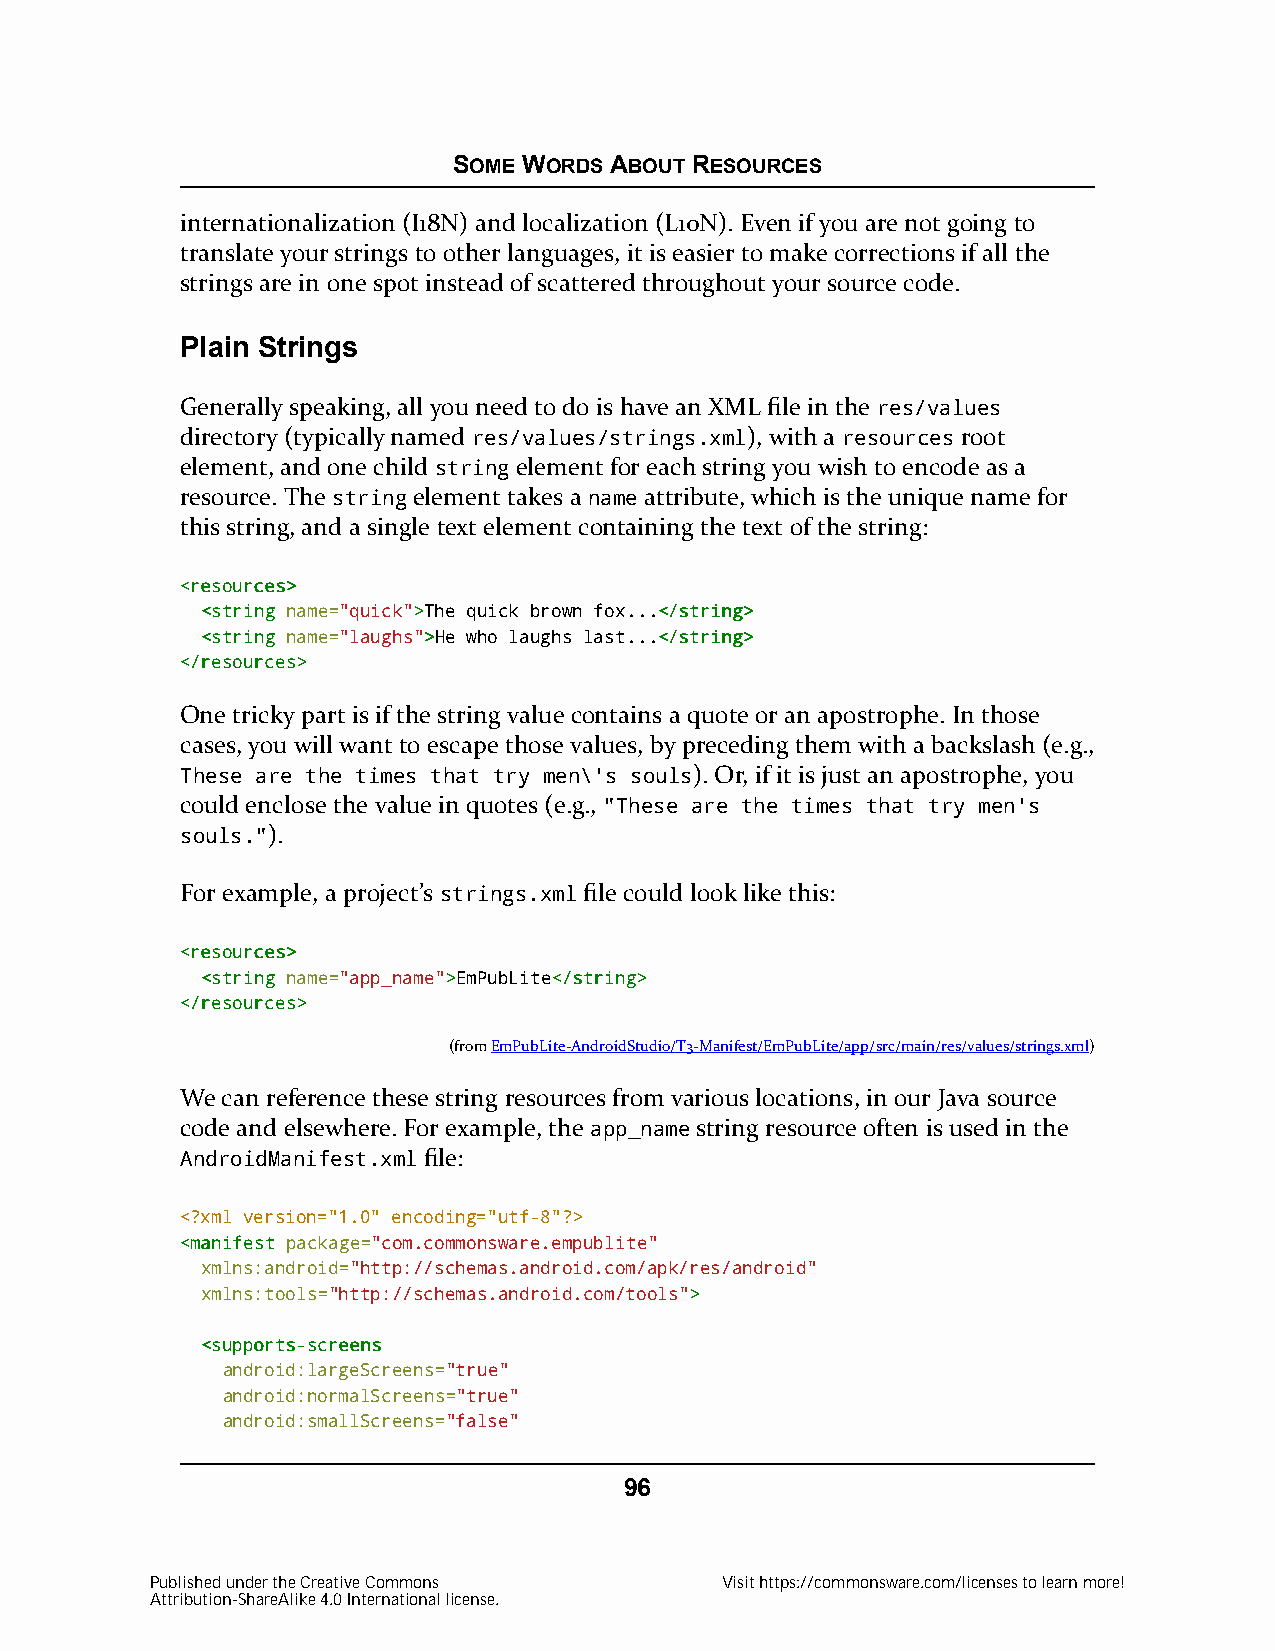
SOME WORDS ABOUT RESOURCES
 internationalization (I18N) and localization (L10N). Even if you are not going to
 translate your strings to other languages, it is easier to make corrections if all the
 strings are in one spot instead of scattered throughout your source code.
 Plain Strings
 Generally speaking, all you need to do is have an XML file in the res/values
 directory (typically named res/values/strings.xml), with a resources root
 element, and one child string element for each string you wish to encode as a
 resource. The string element takes a name attribute, which is the unique name for
 this string, and a single text element containing the text of the string:
 <<rreessoouurrcceess>>
 <<ssttrriinngg name="quick">>The quick brown fox...<<//ssttrriinngg>>
 <<ssttrriinngg name="laughs">>He who laughs last...<<//ssttrriinngg>>
 <<//rreessoouurrcceess>>
 One tricky part is if the string value contains a quote or an apostrophe. In those
 cases, you will want to escape those values, by preceding them with a backslash (e.g.,
 These are the times that try men\'s souls). Or, if it is just an apostrophe, you
 could enclose the value in quotes (e.g., "These are the times that try men's
 souls.").
 For example, a project’s strings.xml file could look like this:
 <<rreessoouurrcceess>>
 <<ssttrriinngg name="app_name">>EmPubLite<<//ssttrriinngg>>
 <<//rreessoouurrcceess>>
 (fromEmPubLite-AndroidStudio/T3-Manifest/EmPubLite/app/src/main/res/values/strings.xml)
 We can reference these string resources from various locations, in our Java source
 code and elsewhere. For example, the app_name string resource often is used in the
 AndroidManifest.xml file:
 <?xml version="1.0" encoding="utf-8"?>
 <<mmaanniiffeesstt package="com.commonsware.empublite"
 xmlns:android="http://schemas.android.com/apk/res/android"
 xmlns:tools="http://schemas.android.com/tools">>
 <<ssuuppppoorrttss--ssccrreeeennss
 android:largeScreens="true"
 android:normalScreens="true"
 android:smallScreens="false"
 96
 Published under the Creative Commons  Visit https://commonsware.com/licenses to learn more!
 Attribution-ShareAlike 4.0 International license.